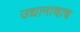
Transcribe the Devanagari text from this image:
उद्यानाचाच